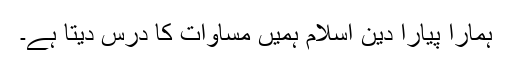
ہمارا پیارا دین اسلام ہمیں مساوات کا درس دیتا ہے۔